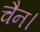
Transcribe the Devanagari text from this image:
चैन।